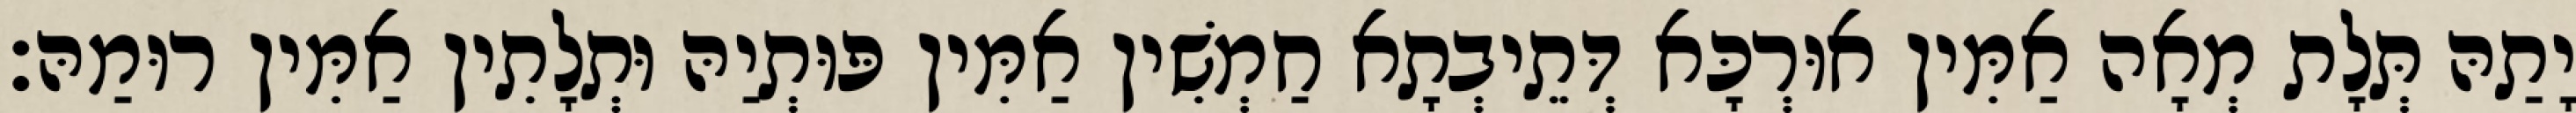
יָתַהּ תְּלָת מְאָה אַמִּין אוּרְכָּא דְּתֵיבְתָא חַמְשִׁין אַמִּין פּוּתְיַהּ וּתְלָתִין אַמִּין רוּמַהּ׃